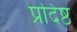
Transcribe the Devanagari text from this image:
प्रदिष्ठ